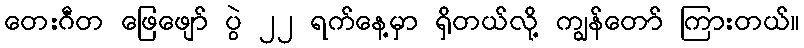
တေးဂီတ ဖြေဖျော် ပွဲ ၂၂ ရက်နေ့မှာ ရှိတယ်လို့ ကျွန်တော် ကြားတယ်။